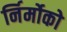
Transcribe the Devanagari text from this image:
र्निर्मोको